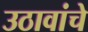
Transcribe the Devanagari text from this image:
उठावांचे